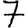
Digit: 7